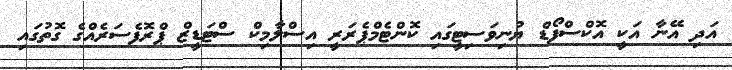
އަދި އޭނާ އަކީ އޮކްސްފޯޑް ޔުނިވަސިޓީގައި ކޮންޓެމްޕެރަރީ އިސްލާމިކް ސްޓަޑީޒް ޕްރޮފެސަރެއްގެ ގޮތުގައި